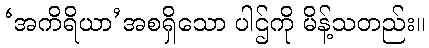
‘အကိရိယာ’အစရှိသော ပါဌ်ကို မိန့်သတည်း။